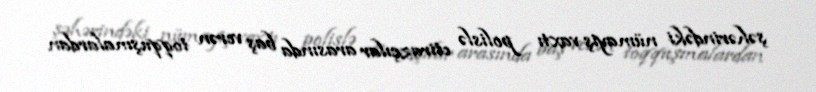
şəhərindəki nümayiş vaxtı polislə etirazçılar arasında baş verən toqquşmalardan